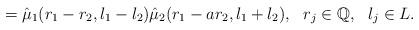
LaTeX: \begin{align*}=\hat\mu_1(r_1-r_2, l_1-l_2)\hat\mu_2(r_1-a r_2, l_1+l_2), \ \ r_j\in \mathbb{Q}, \ \ l_j\in L.\end{align*}